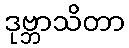
ဒုဗ္ဘာသိတာ